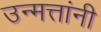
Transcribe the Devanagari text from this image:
उन्मत्तांनी